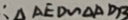
: \Delta A E D \sim \Delta A D B